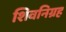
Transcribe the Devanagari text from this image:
शिवनिग्रह